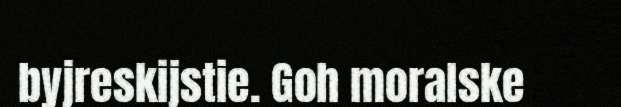
byjreskijstie. Goh moralske